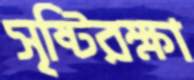
সৃষ্টিরক্ষা